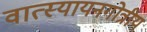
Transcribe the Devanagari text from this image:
वात्स्यायनगोत्रीय